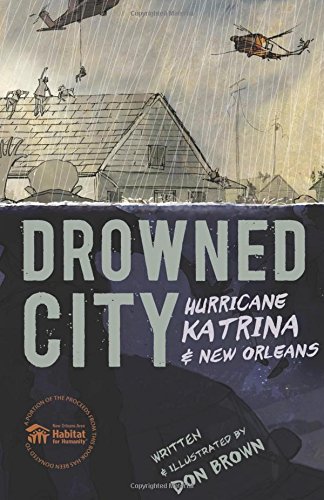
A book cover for Drowned City: Hurricane Katrina and New Orleans; Don Brown; Teen & Young Adult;